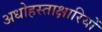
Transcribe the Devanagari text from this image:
अधोहस्ताक्षारियों